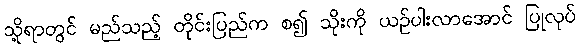
သို့ရာတွင် မည်သည့် တိုင်းပြည်က စ၍ သိုးကို ယဉ်ပါးလာအောင် ပြုလုပ်